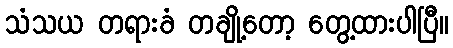
သံသယ တရားခံ တချို့တော့ တွေ့ထားပါပြီ။